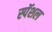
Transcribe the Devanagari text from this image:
स्पॅशल